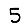
Digit: 5